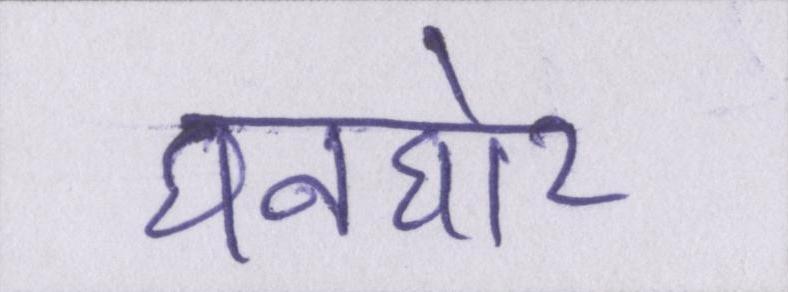
घनघोर